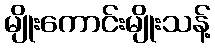
မျိုးကောင်းမျိုးသန့်